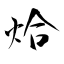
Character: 烚